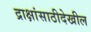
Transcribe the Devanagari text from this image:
द्राक्षांसाठीदेखील